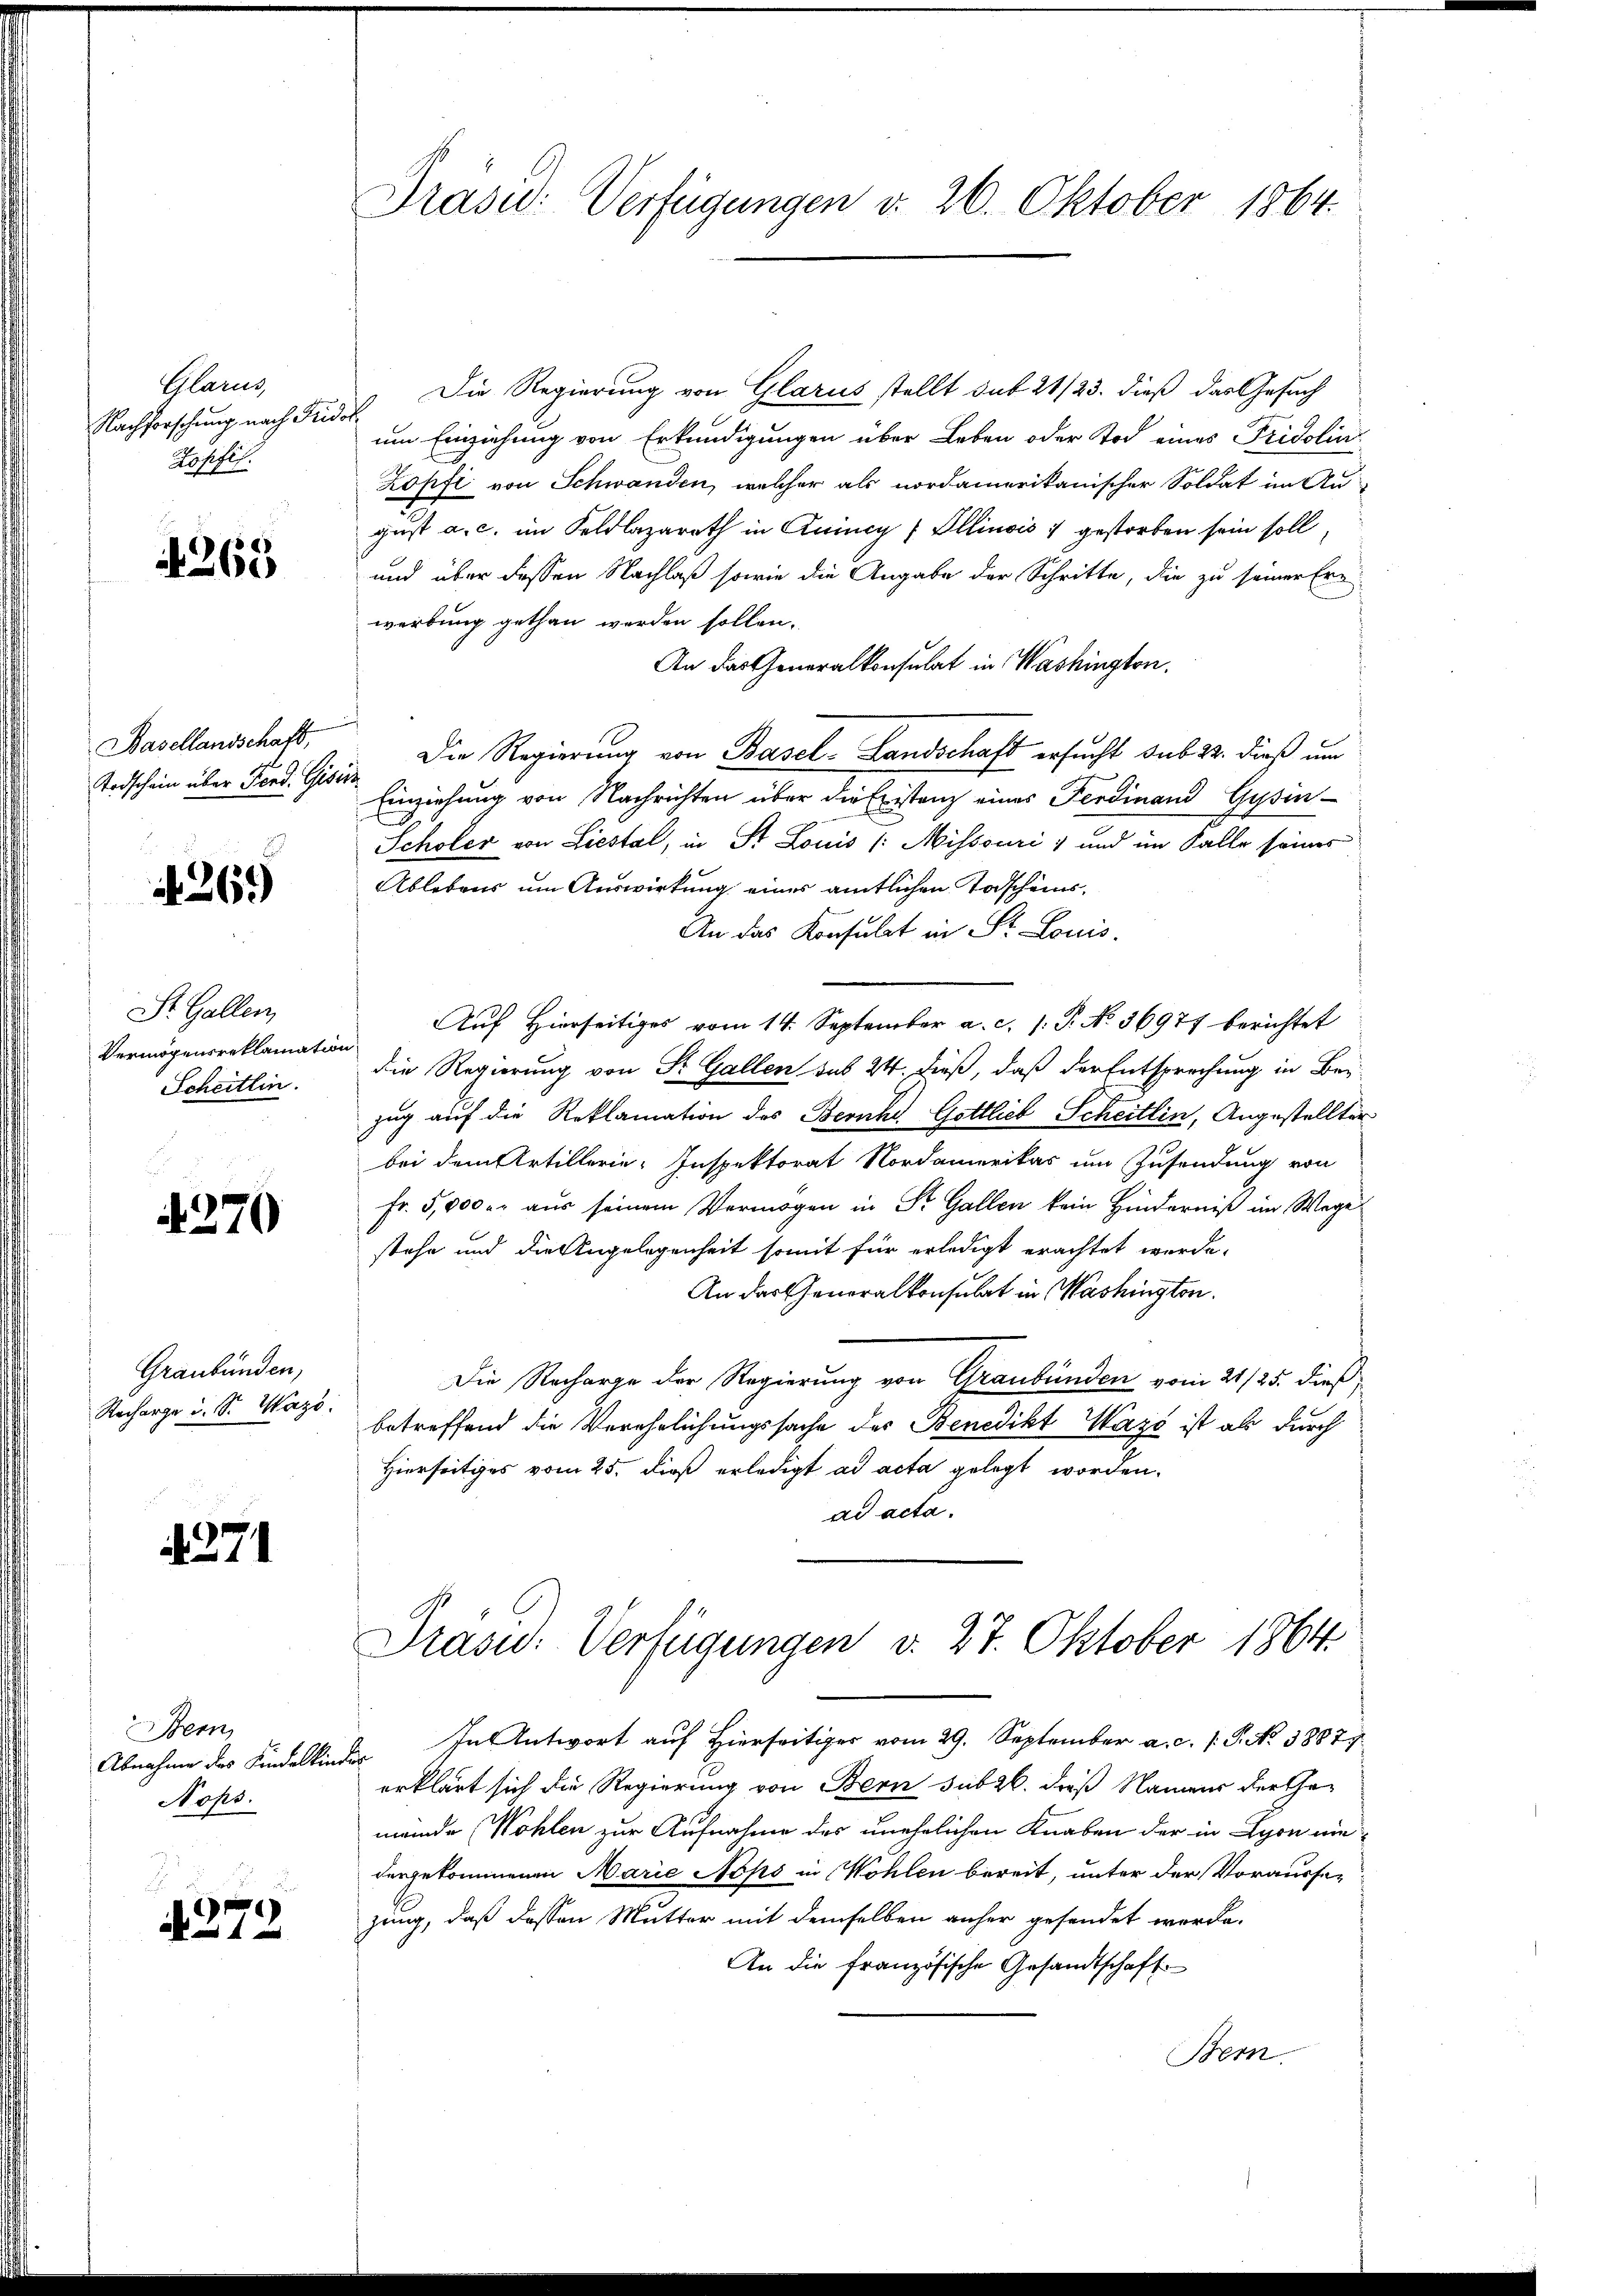
Glarus
Nachforschung nach Frie
opfil.

269

Basellandschaft,
Todschein über Fond. Gis

N 269

St. Gallen
Vermögensreklamatio
Scheitlin.

370

Graubünden,
Recharge u. S. Wass

4271

Bern
Abnahme des Kindelkina
Nops.

2
. 272

Präsid.: Verfügungen v. 26. Oktober 1864.

Die Regierung von Glarus stellt sub 21/23. dieß das Gesuch
um Einziehung von Erkundigungen über Leben oder Tod eines Fridolin
Kopfi von Schwanden, welcher als nordamerikanischer Soldat im Aus
gust a. c. im Feldlazareth in Quincy (Ollinois 7 gestorben sein soll,
und über dessen Nachlaß sowie die Angabe der Schritte, die zu seiner Ern
werbung gethan werden sollen.
An das Generalkonsulat in Washington,
Die Regierung von Basel-Landschaft ersucht sub 22. dieß um
14
Einziehung von Nachrichten über die Existenz eines Ferdinand Gysen-
Scholer von Liestal, in St. Louis /: Misssari; und im Falle seines
Ablebens um Auswirkung eines amtlichen Todscheins¬
An das Konsulat in St. Louis
Auf Hierseitiges vom 14. September a. c. /: P. No 36977 berichtet
die Regierung von St. Gallen sub 24. dieß, daß der Entsprechung in Bezug auf die Reklamation des Bernht. Gottlieb Scheitlin, Angestellter
bei dem Artillerie-Inspektorat Nordamerikas um Zusendung von
Fr. 5,000 r. aus seinem Vermögen in St. Gallen kein Hinderniß im Wege
stehe und die Angelegenheit somit für erledigt erachtet werde.
An der Generalkonsulat in Washington.
Die Recharge der Regierung von Graubünden vom 21./25. dieß
betreffend die Verehrlichungssache des Benedikt Wazć ist als durch
Hierseitiges vom 25. dieß erledigt ad acta gelegt worden.
ad acta.
Präsid. Verfügungen d. 27. Oktober 1864.
2. In Antwort auf Hierseitiger vom 29. September a. c. 1. P. No 38877.
erklärt sich die Regierung von Bern subzb. dieß Namens der Gemeinde (Wöhlen zur Aufnahme des unehelichen Knaben der in Lyon nie
dergekommenen Marie Nops in Wohlen bereit, unter der Vorausse-
zung, daß dessen Mutter mit demselben anher gesendet werde.
An die französische Gesandtschaft
Bern.